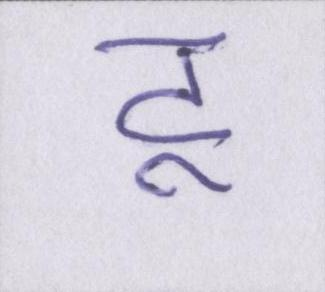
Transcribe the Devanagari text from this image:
टू